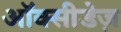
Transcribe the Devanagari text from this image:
ऑक्सीडेज़